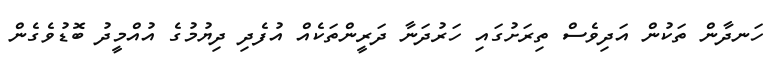
ހަނދާން ތަކުން އަދިވެސް ތިރަށުގައި ހަރުދަނާ ދަރީންތަކެއް އުފެދި ދިޔުމުގެ އުއްމީދު ބޮޑުވެގެން